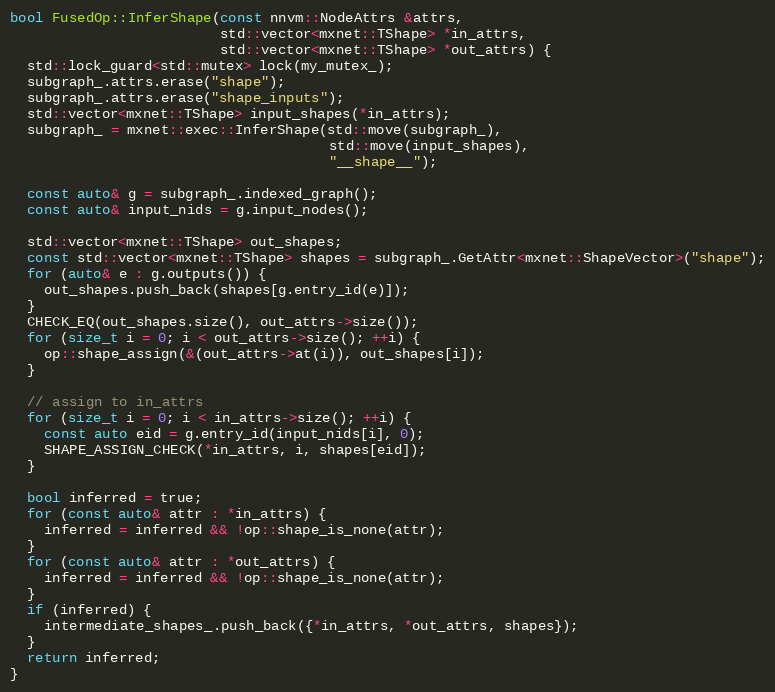
Language: C++
bool FusedOp::InferShape(const nnvm::NodeAttrs &attrs,
                         std::vector<mxnet::TShape> *in_attrs,
                         std::vector<mxnet::TShape> *out_attrs) {
  std::lock_guard<std::mutex> lock(my_mutex_);
  subgraph_.attrs.erase("shape");
  subgraph_.attrs.erase("shape_inputs");
  std::vector<mxnet::TShape> input_shapes(*in_attrs);
  subgraph_ = mxnet::exec::InferShape(std::move(subgraph_),
                                      std::move(input_shapes),
                                      "__shape__");

  const auto& g = subgraph_.indexed_graph();
  const auto& input_nids = g.input_nodes();

  std::vector<mxnet::TShape> out_shapes;
  const std::vector<mxnet::TShape> shapes = subgraph_.GetAttr<mxnet::ShapeVector>("shape");
  for (auto& e : g.outputs()) {
    out_shapes.push_back(shapes[g.entry_id(e)]);
  }
  CHECK_EQ(out_shapes.size(), out_attrs->size());
  for (size_t i = 0; i < out_attrs->size(); ++i) {
    op::shape_assign(&(out_attrs->at(i)), out_shapes[i]);
  }

  // assign to in_attrs
  for (size_t i = 0; i < in_attrs->size(); ++i) {
    const auto eid = g.entry_id(input_nids[i], 0);
    SHAPE_ASSIGN_CHECK(*in_attrs, i, shapes[eid]);
  }

  bool inferred = true;
  for (const auto& attr : *in_attrs) {
    inferred = inferred && !op::shape_is_none(attr);
  }
  for (const auto& attr : *out_attrs) {
    inferred = inferred && !op::shape_is_none(attr);
  }
  if (inferred) {
    intermediate_shapes_.push_back({*in_attrs, *out_attrs, shapes});
  }
  return inferred;
}